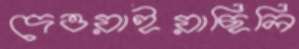
দেওয়াইয়াছিলি